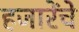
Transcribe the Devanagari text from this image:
हजारेंचे